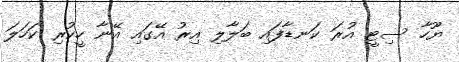
ޔޫހާ ސިޓީ އުރަ ކަނޑާފައި ބަލާލި އިރު އޭގައި އޭނާ ހީކުރި ކަހަލަ